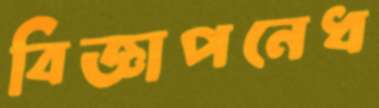
বিজ্ঞাপনেধ